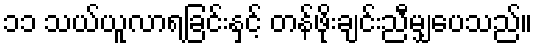
၁၁ သယ်ယူလာရခြင်းနှင့် တန်ဖိုးချင်းညီမျှပေသည်။